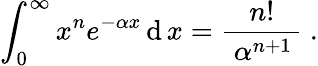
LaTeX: \int_{0}^{\infty}x^{n}e^{-\alpha x}\operatorname{d}x={\frac{n!}{~\alpha^{n+1}\, }}~.